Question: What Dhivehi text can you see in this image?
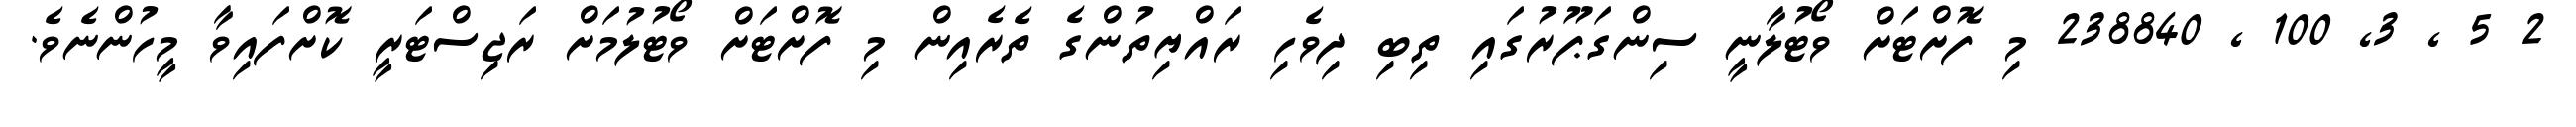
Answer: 2 5 , 3, 100 , 238840 މި ފޮށްޓަށް ވޯޓުލާނީ ސިންގަޕޫރުގައި ތިބި ދިވެހި ރައްޔިތުންގެ ތެރެއިން މި ފޮށްޓަށް ވޯޓުލުމަށް ރަޖިސްޓަރީ ކޮށްފައިވާ މީހުންނެވެ.